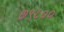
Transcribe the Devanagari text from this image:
७९८००